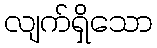
လျက်ရှိသော